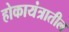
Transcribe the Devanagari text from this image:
होकायंत्रातील